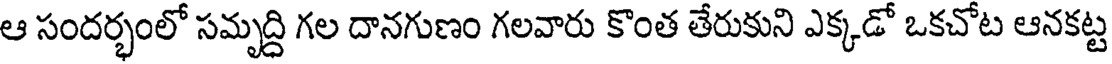
ఆ సందర్భంలో సమృద్ది గల దానగుణం గలవారు కొంత తేరుకుని ఎక్కడో ఒకచోట ఆనకట్ట